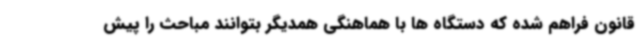
قانون فراهم شده که دستگاه ها با هماهنگی همدیگر بتوانند مباحث را پیش